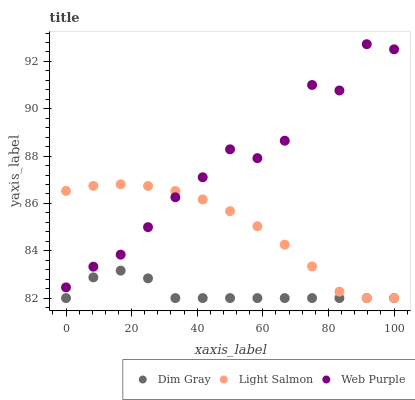
| xaxis_label | Dim Gray | Light Salmon | Web Purple |
 | --- | --- | --- | --- |
 | 0 | 82 | 86.5 | 82.5 |
 | 8.33 | 82.9 | 86.7 | 83.3 |
 | 16.7 | 83.2 | 86.8 | 83.8 |
 | 25 | 82.8 | 86.7 | 85 |
 | 33.3 | 82 | 86.5 | 86.3 |
 | 41.7 | 82 | 86.2 | 87.1 |
 | 50 | 82 | 85.7 | 88.3 |
 | 58.3 | 82 | 85 | 87.9 |
 | 66.7 | 82 | 84.3 | 88.7 |
 | 75 | 82 | 83.3 | 91 |
 | 83.3 | 82 | 82.3 | 90.8 |
 | 91.7 | 82 | 82 | 92.7 |
 | 100 | 82 | 82 | 92.5 |